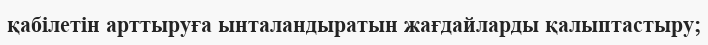
қабілетін арттыруға ынталандыратын жағдайларды қалыптастыру;